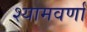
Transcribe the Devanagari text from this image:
श्यामवर्णां